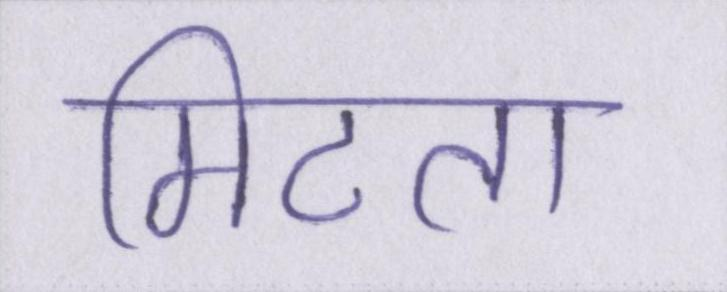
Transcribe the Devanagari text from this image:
मिटता